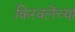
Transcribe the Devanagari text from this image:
किरवलेंच्या